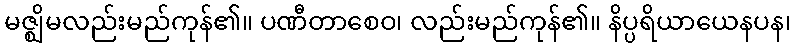
မဇ္ဈိမလည်းမည်ကုန်၏။ ပဏီတာစေဝ၊ လည်းမည်ကုန်၏။ နိပ္ပရိယာယေနပန၊